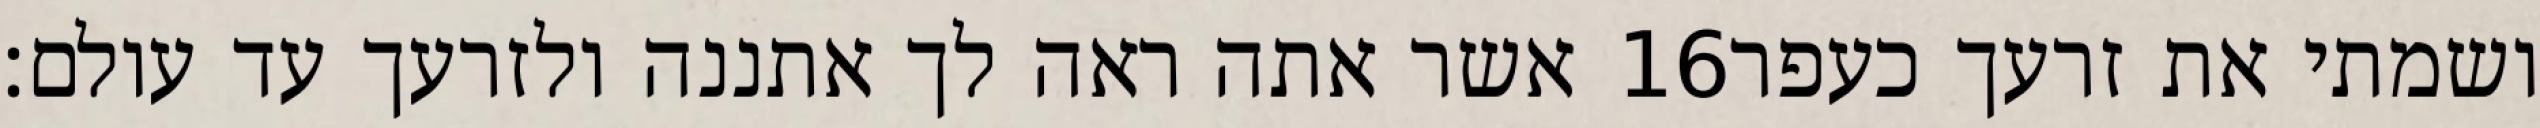
אשר אתה ראה לך אתננה ולזרעך עד עולם׃ ‎16‏ ושמתי את זרעך כעפר